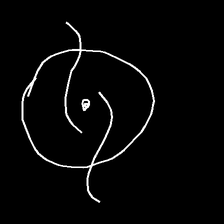
Glyph: repetition